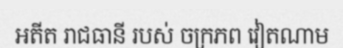
អតីត រាជធានី របស់ ចក្រភព វៀតណាម